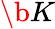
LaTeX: \b{K}